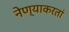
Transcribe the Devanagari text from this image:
नेण्याकरतां